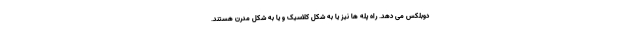
دوبلکس می دهد. راه پله ها نیز یا به شکل کلاسیک و یا به شکل مدرن هستند.